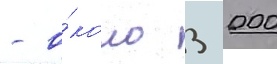
- о́коло 3 000